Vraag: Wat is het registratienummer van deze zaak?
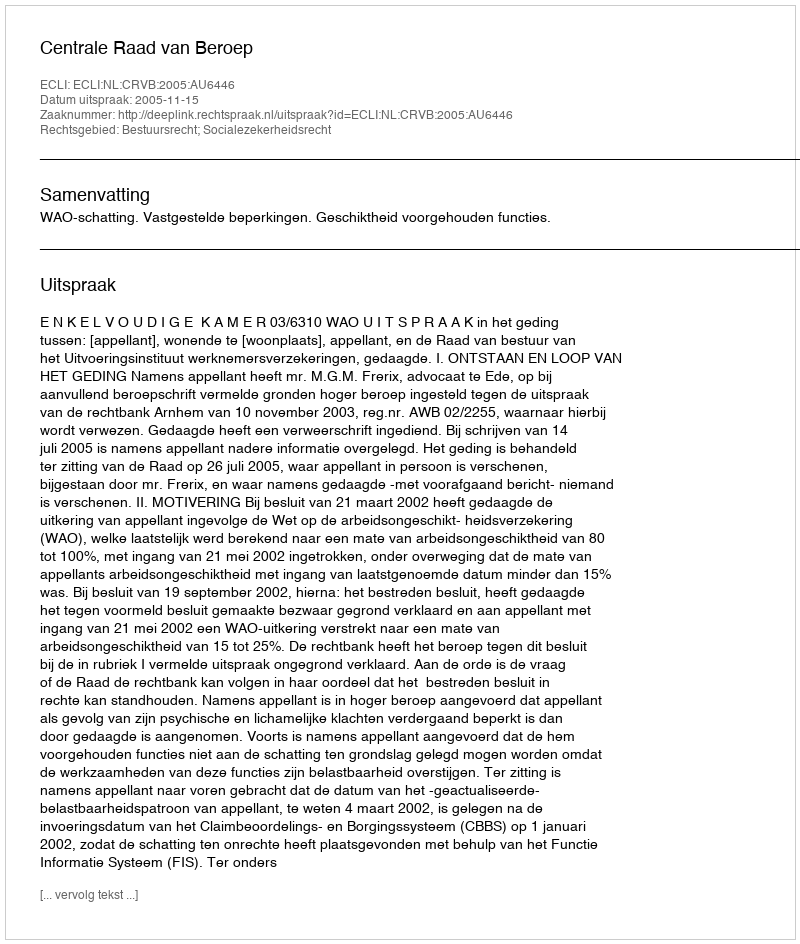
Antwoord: http://deeplink.rechtspraak.nl/uitspraak?id=ECLI:NL:CRVB:2005:AU6446